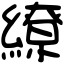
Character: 繚